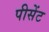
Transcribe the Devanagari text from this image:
पीसेंट